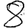
Digit: 8